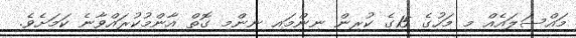
މައްސަލައެއް މި މަހުގެ 15ގެ ކުރިން ނިންމައި ނިންމި ގޮތް އާންމުކުރައްވާނެ ކަމަށެވެ.